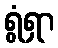
ရွံရှာ